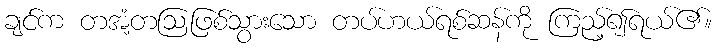
ချင်က တအံ့တဩဖြစ်သွားသော တပ်ဟယ်ရစ်ဆန်ကို ကြည့်၍ရယ်၏။